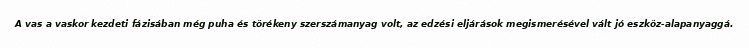
A vas a vaskor kezdeti fázisában még puha és törékeny szerszámanyag volt, az edzési eljárások megismerésével vált jó eszköz-alapanyaggá.